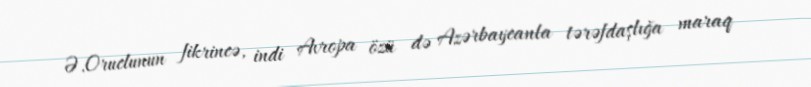
Ə.Oruclunun fikrincə, indi Avropa özü də Azərbaycanla tərəfdaşlığa maraq